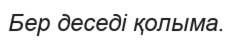
Бер деседі қолыма.